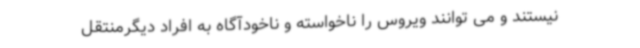
نیستند و می توانند ویروس را ناخواسته و ناخودآگاه به افراد دیگرمنتقل